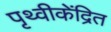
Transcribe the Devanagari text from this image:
पृथ्वीकेंद्रित